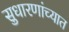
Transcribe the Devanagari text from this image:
सुधारणांच्यात